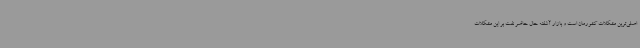
اصلی‌ترین مشکلات کشورمان است و بازار آشفته حال حاضر نفت بر این مشکلات